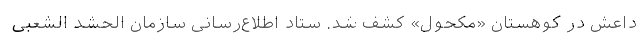
داعش در کوهستان «مکحول» کشف شد. ستاد اطلاع‌رسانی سازمان الحشد الشعبی